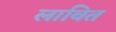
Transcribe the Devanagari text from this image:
लावित